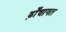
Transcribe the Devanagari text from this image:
ढ़ाँचागत